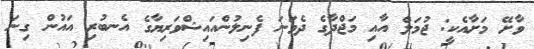
ވާށޭ މަށާއެކީ: ޖުމަލް އާއި މަޖްދާގެ ދެވަނަ ފެނިލުންއައިޝްވަރިޔާގެ އެނބުރި އައުން ގިނަ